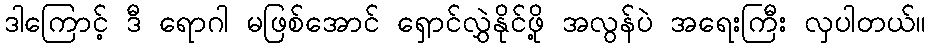
ဒါကြောင့် ဒီ ရောဂါ မဖြစ်အောင် ရှောင်လွှဲနိုင်ဖို့ အလွန်ပဲ အရေးကြီး လှပါတယ်။